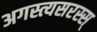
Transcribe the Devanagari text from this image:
अगस्त्यसरस्स्